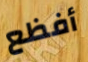
أفظع